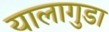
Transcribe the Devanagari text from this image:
यालागुडा